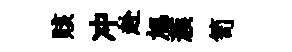
賅冲赴旭蔟笥